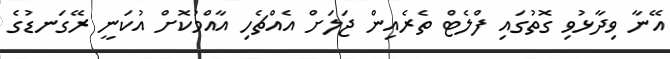
އޭނާ ވިދާޅުވި ގޮތުގައި ފްލެޓް ތެރެއިން ޖަލަށް އެއްޗެހި އާއްމުކޮށް އުކަނީ ރޭގަނޑުގެ